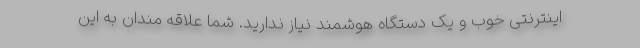
اینترنتی خوب و یک دستگاه هوشمند نیاز ندارید. شما علاقه مندان به این